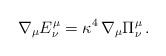
LaTeX: \begin{align*}\nabla_\mu E^\mu_\nu = \kappa^4\,\nabla_\mu\Pi^\mu_\nu \,.\end{align*}